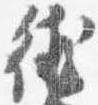
徳